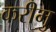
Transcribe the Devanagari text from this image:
करीमु